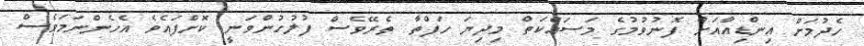
ހެދުމަށް އިންޑިއާއަށް ފޮނުވުމުގެ މަސައްކަތް މިދިޔަ ހަފްތާ ތެރޭވެސް ފުލުހުންވަނީ ކޮށްފައެވެ އެހެންނަމަވެސް